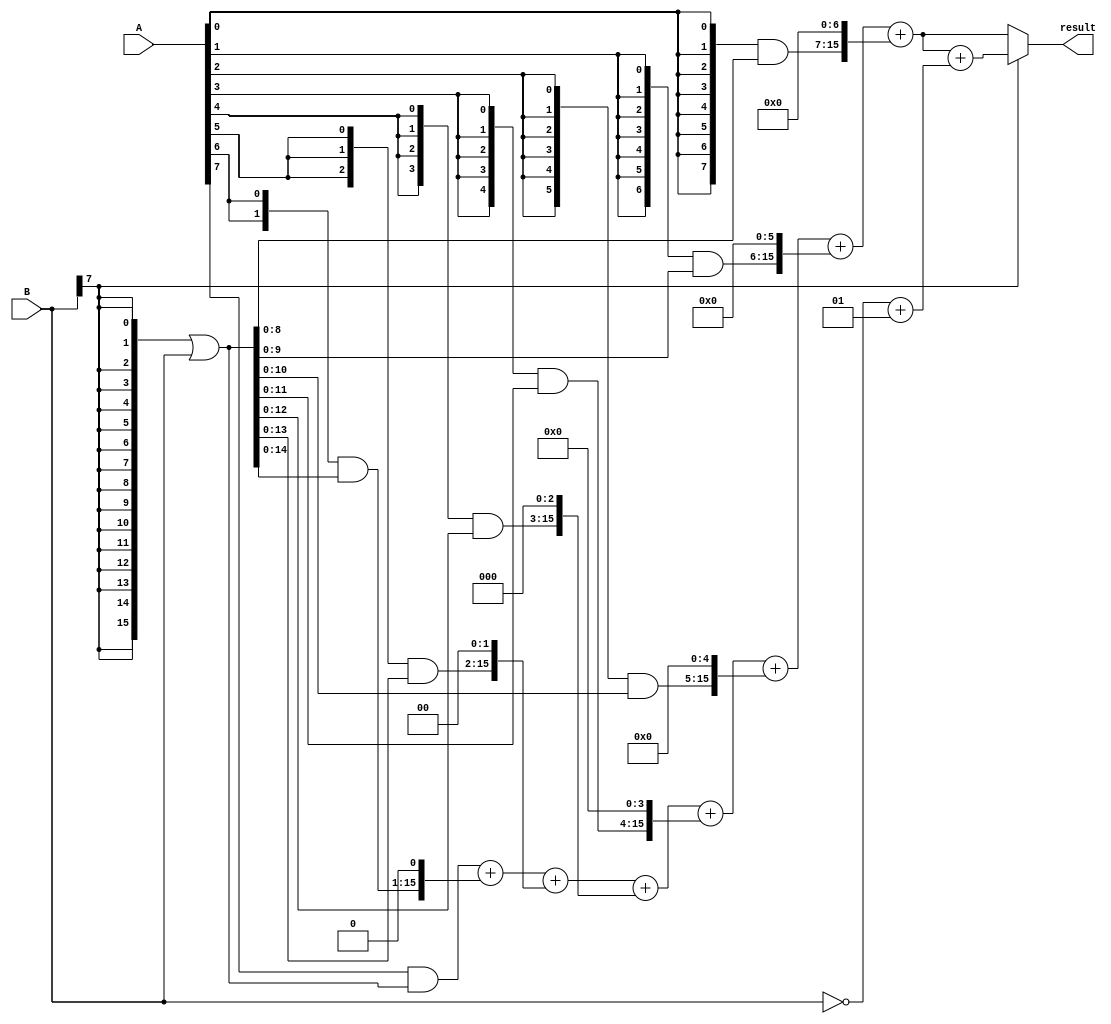
module Baugh_Wooley_Multiplier (
    input signed [7:0] A,
    input signed [7:0] B,
    output reg signed [15:0] result
);

reg signed [15:0] partial_product [7:0];
reg signed [15:0] final_result;
reg signed [15:0] sign_extended_B;
reg signed [15:0] complemented_B;

always @(*) begin
    sign_extended_B = {16{B[7]}} | B;
    complemented_B = ~B + 1;
end

always @(*) begin
    partial_product[0] = {8{A[0]}} & sign_extended_B;
    partial_product[1] = {7{A[1]}} & sign_extended_B;
    partial_product[2] = {6{A[2]}} & sign_extended_B;
    partial_product[3] = {5{A[3]}} & sign_extended_B;
    partial_product[4] = {4{A[4]}} & sign_extended_B;
    partial_product[5] = {3{A[5]}} & sign_extended_B;
    partial_product[6] = {2{A[6]}} & sign_extended_B;
    partial_product[7] = {A[7]} & sign_extended_B;
end

always @(*) begin
    final_result = partial_product[7] + (partial_product[6] << 1) + (partial_product[5] << 2) + (partial_product[4] << 3) 
                    + (partial_product[3] << 4) + (partial_product[2] << 5) + (partial_product[1] << 6) + (partial_product[0] << 7);
end

always @(*) begin
    if (B[7] == 1) begin
        result = final_result + complemented_B;
    end
    else begin
        result = final_result;
    end
end

endmodule